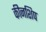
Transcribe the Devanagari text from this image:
कीनशिप